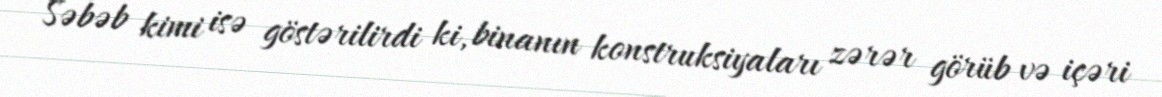
Səbəb kimi isə göstərilirdi ki, binanın konstruksiyaları zərər görüb və içəri